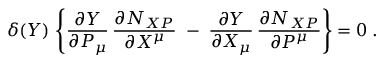
\delta ( { \cal Y } ) \, \left\{ \frac { \partial { \cal Y } } { \partial P _ { \mu } } \, \frac { \partial N _ { X P } } { \partial X ^ { \mu } } \; - \; \frac { \partial { \cal Y } } { \partial X _ { \mu } } \, \frac { \partial N _ { X P } } { \partial P ^ { \mu } } \right\} = 0 \; .